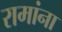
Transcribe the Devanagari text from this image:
रामांना